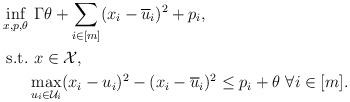
LaTeX: \begin{align*}\inf_{x, p, \theta} & \ \Gamma \theta + \sum_{i \in [m]} (x_i - \overline{u}_i)^2 + p_i, \\\mathrm{s.t.} & \ x \in \mathcal{X}, \\& \max_{u_i \in \mathcal{U}_i} (x_i - u_i)^2 - (x_i - \overline{u}_i)^2 \leq p_i + \theta \ \forall i \in [m].\end{align*}